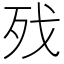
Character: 𣧌